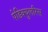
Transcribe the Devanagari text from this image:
पेडिक्युलरिस